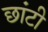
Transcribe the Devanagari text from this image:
छांटी